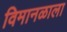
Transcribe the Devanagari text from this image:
विमानळाला